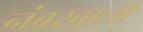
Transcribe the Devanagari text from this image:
नंबरवाली